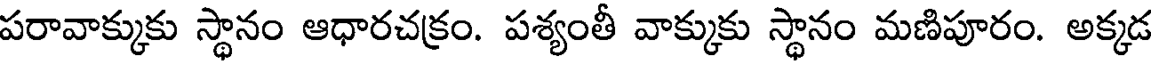
పరావాక్కుకు స్థానం ఆధారచక్రం. పశ్యంతీ వాక్కుకు స్థానం మణిపూరం. అక్కడ